Leaving Certificate Examination (including Day School Certificate (Higher) General paper), 1926
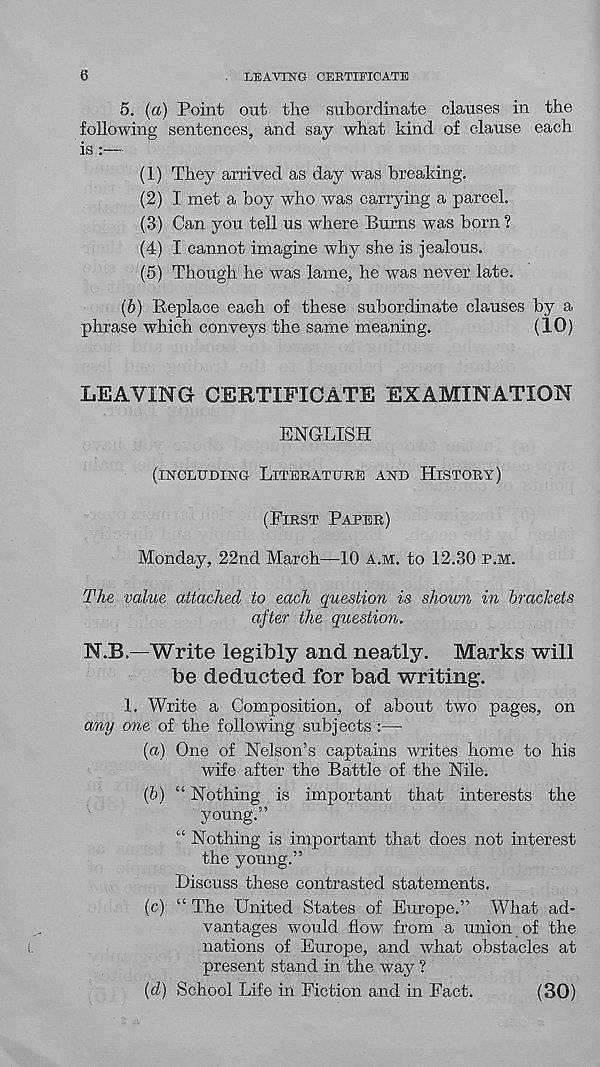
0
LEAVING CERTIFICATE
5. (a) Point out the subordinate clauses in the
following sentences, and say what kind of clause each
is :—
(1) They arrived as day was breaking.
(2) I met a boy who was carrying a parcel.
(3) Can you tell us where Burns was born ?
(4) I cannot imagine why she is jealous.
(5) Though he was lame, he was never late.
(6)
Replace each of th
phrase which conveys the same meaning.
(10)
LEAVING CERTIFICATE EXAMINATION
ENGLISH
(INCLUDING LITERATURE AND HISTORY)
(FIRST PAPER)
Monday, 22nd March—10 A.M. to 12.30 P.M.
The value attached to each question is shown in brackets
after the question.
N.B.—Write legibly and neatly. Marks will
be deducted for bad writing.
1. Write a Composition, of about two pages, on
any one of the following subjects :—
(a) One of Nelson’s captains writes home to his
wife after the Battle of the Nile.
(6) “ Nothing is important that interests the
young.”
“ Nothing is important that does not interest
the young.”
Discuss these contrasted statements.
(c) “ The United States of Europe.” What ad-
vantages would flow from a union of the
nations of Europe, and what obstacles at
present stand in the waj^ ?
{d) School Life in Fiction and in Fact.
(30)